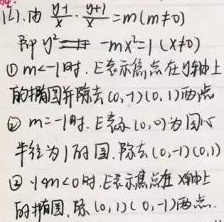
(2). (1)由$\frac {y - 1}{x}\cdot \frac {y + 1}{x}=-m(m\neq 0)$
即$y^{2}=-mx^{2}+1(x\neq 0)$
\textcircled{1}$m < - 1$时，上式表示焦点在$y$轴上的椭圆并除去$(0, - 1),(0,1)$两点；
\textcircled{2}$m=-1$时，上式表示以$(0,0)$为圆心，半径为$1$的圆，除去$(-1,0),(1,0)$；
\textcircled{3}$-1 < m < 0$时，表示焦点在$x$轴上的椭圆，除$(1,0),(-1,0)$两点。